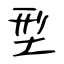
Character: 型